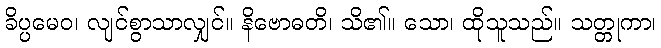
ခိပ္ပမေဝ၊ လျင်စွာသာလျှင်။ နိဗောဓတိ၊ သိ၏။ သော၊ ထိုသူသည်။ သတ္တုကာ၊